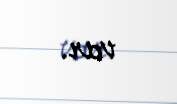
var.